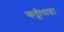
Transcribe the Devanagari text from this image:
कट्ठीवाडा